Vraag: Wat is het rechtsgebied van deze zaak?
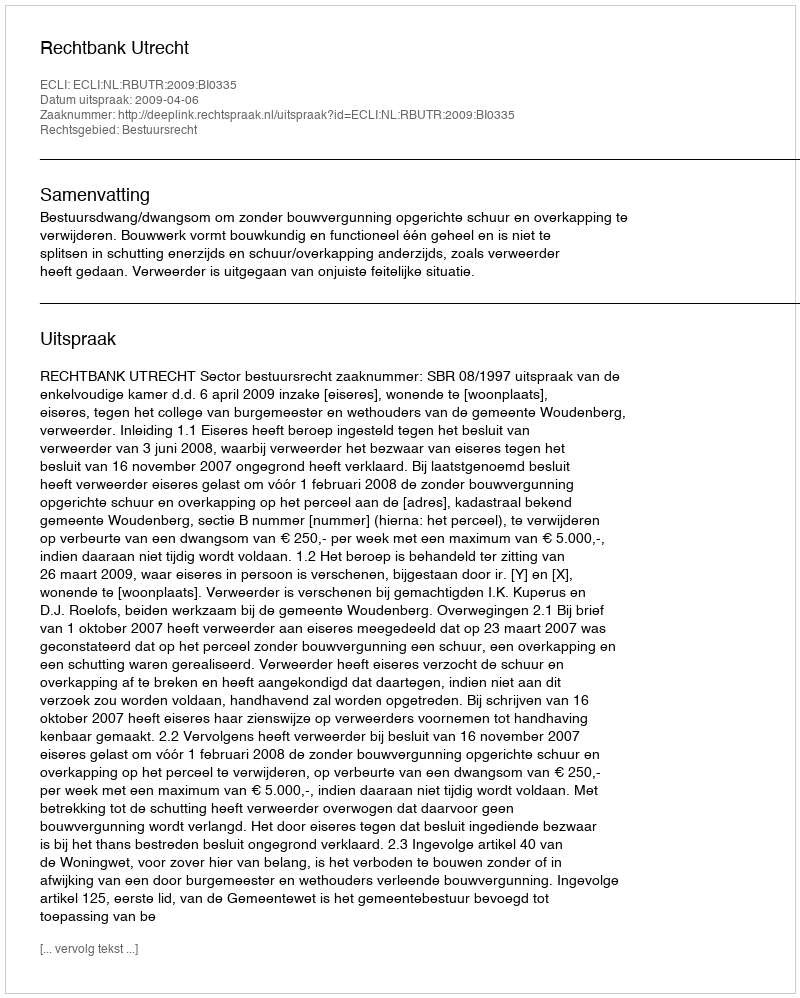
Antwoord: Bestuursrecht